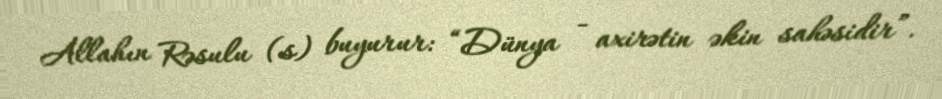
Allahın Rəsulu (s) buyurur: “Dünya - axirətin əkin sahəsidir”.